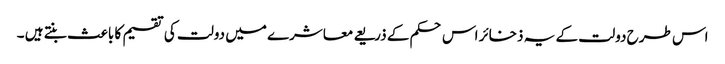
اس طرح دولت کے یہ ذخائر اس حکم کے ذریعے معاشرے میں دولت کی تقسیم کا باعث بنتے ہیں ۔